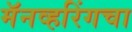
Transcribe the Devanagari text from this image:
मॅनव्हरिंगचा